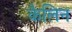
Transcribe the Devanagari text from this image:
कैलिन